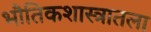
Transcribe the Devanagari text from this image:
भौतिकशास्त्रातला